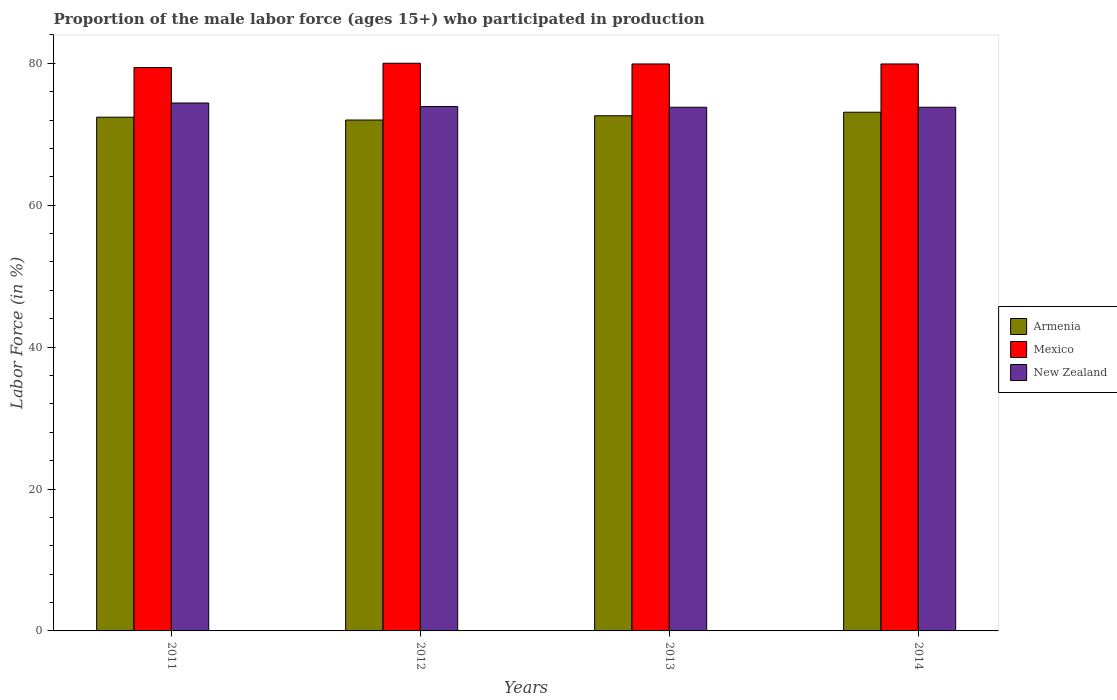
| Years | Armenia | Mexico | New Zealand |
 | --- | --- | --- | --- |
 | 2011 | 72.4 | 79.4 | 74.4 |
 | 2012 | 72 | 80 | 73.9 |
 | 2013 | 72.6 | 79.9 | 73.8 |
 | 2014 | 73.1 | 79.9 | 73.8 |